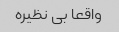
واقعا بی نظیره